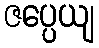
ဇပ္ပေယျ